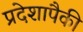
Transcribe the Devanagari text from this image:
प्रदेशापैकी